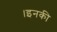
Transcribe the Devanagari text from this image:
।इनकी